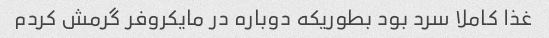
غذا کاملا سرد بود بطوریکه دوباره در مایکروفر گرمش کردم